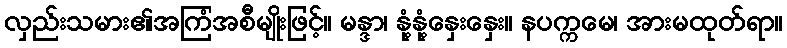
လှည်းသမား၏အကြံအစီမျိုးဖြင့်။ မန္ဒာ၊ နုံ့နုံ့နှေးနှေး။ နပက္ကမေ၊ အားမထုတ်ရာ။